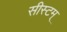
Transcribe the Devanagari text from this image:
सीस्टम्